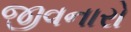
જીવનારો